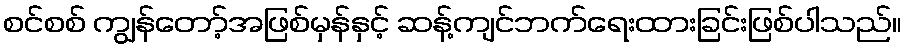
စင်စစ် ကျွန်တော့်အဖြစ်မှန်နှင့် ဆန့်ကျင်ဘက်ရေးထားခြင်းဖြစ်ပါသည်။